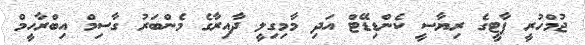
ޖުމްހުރީ ޕާޓީގެ ރިޔާސީ ކެންޑިޑޭޓް އަދި މާމިގިލީ ދާއިރާގެ މެންބަރު ގާސިމް އިބްރާހީމް